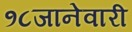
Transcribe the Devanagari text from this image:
१८जानेवारी